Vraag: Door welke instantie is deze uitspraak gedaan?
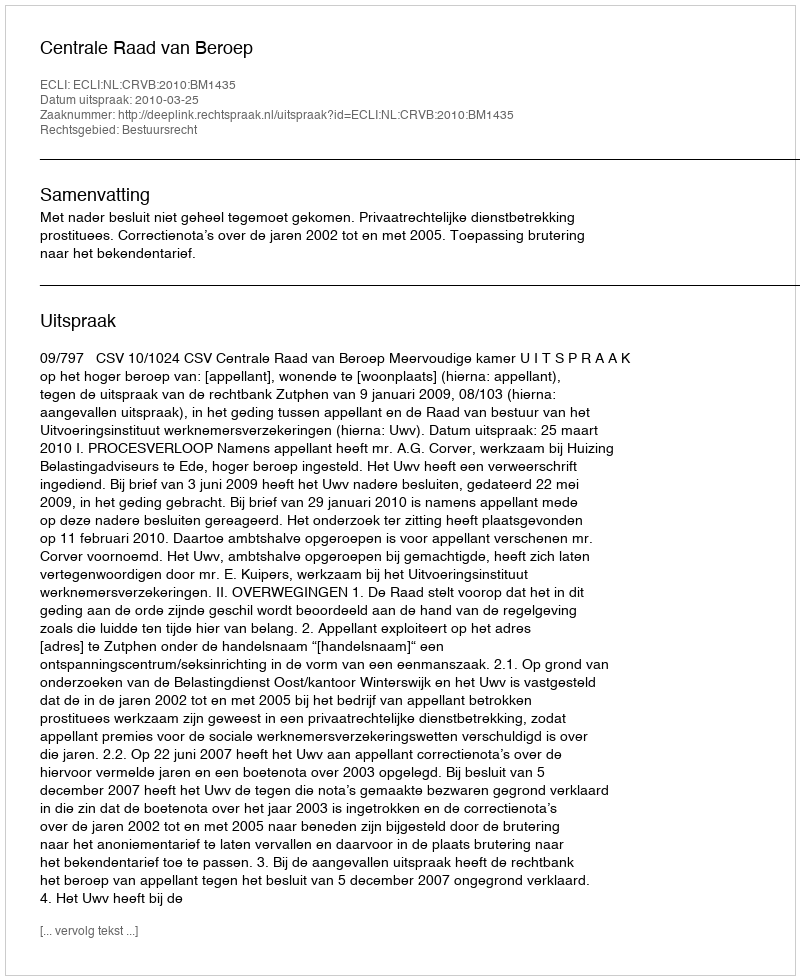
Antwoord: Centrale Raad van Beroep